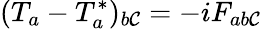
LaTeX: (T_{a}-T_{a}^{\ast})_{b\mathcal{C}}=-iF_{ab\mathcal{C}}